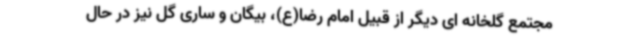
مجتمع گلخانه ای دیگر از قبیل امام رضا(ع)، بیگان و ساری گل نیز در حال